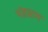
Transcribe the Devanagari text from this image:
भंडग्राम